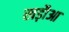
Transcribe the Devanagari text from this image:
खड़ौआ